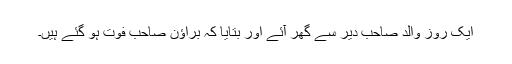
ایک روز والد صاحب دیر سے گھر آئے اور بتایا کہ براﺅن صاحب فوت ہو گئے ہیں۔